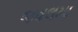
જવલમા